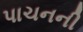
પાચનની